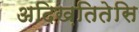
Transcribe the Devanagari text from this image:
अदिख़तितेसि